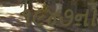
૧૯૪૭નો